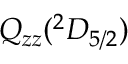
Q _ { z z } ( { ^ 2 D } _ { 5 / 2 } )